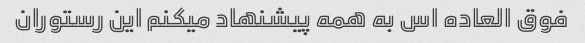
فوق العاده اس به همه پیشنهاد میکنم این رستوران